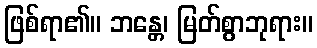
ဖြစ်ရာ၏။ ဘန္တေ၊ မြတ်စွာဘုရား။